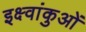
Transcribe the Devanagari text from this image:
इक्ष्वांकुओं